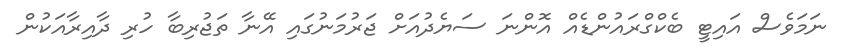
ނަމަވެސް އައިޓީ ބެކްގްރައުންޑެއް އޮންނަ ސަޔެދުއަށް ޖަރުމަނުގައި އޭނާ ތަޖުރިބާ ހުރި ދާއިރާއަކުން